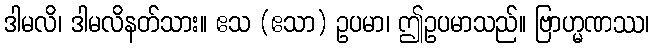
ဒါမလိ၊ ဒါမလိနတ်သား။ ဧသ (ဧသာ) ဥပမာ၊ ဤဥပမာသည်။ ဗြာဟ္မဏဿ၊